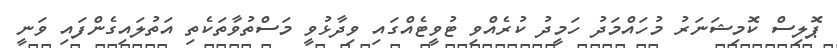
ޕޮލިސް ކޮމިޝަނަރު މުހައްމަދު ހަމީދު ކުރެއްވި ޓުވީޓެއްގައި ވިދާޅުވީ މަސްތުވާތަކެތި އަތުލައިގެންފައި ވަނީ